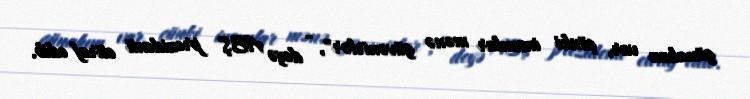
günahım var, çünki insanlar mənə güvənirlər", - deyə ABŞ prezidenti etiraf edib.